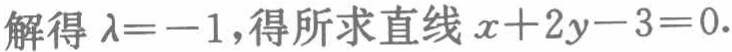
解得\(\lambda = - 1\)，得所求直线\(x + 2y - 3 = 0\).